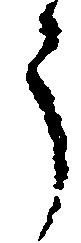
う